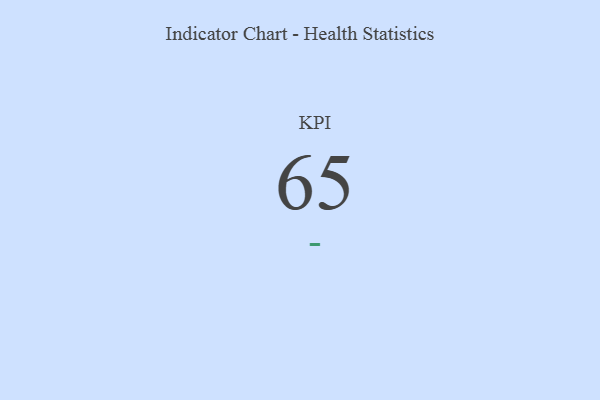
{"axis": {"x": "KPI", "y": "Value"}, "legend": [""], "data": [{"x": "KPI", "y": 65, "type": ""}]}